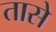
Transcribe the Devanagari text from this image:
तासे